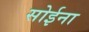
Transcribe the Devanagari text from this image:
सोईना